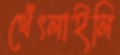
থেঁৎলাইলি